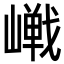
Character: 𪩔